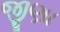
જીણા